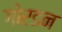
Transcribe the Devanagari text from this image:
गोरडन